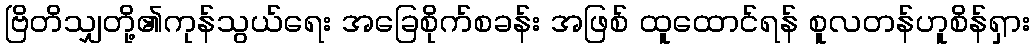
ဗြိတိသျှတို့၏ကုန်သွယ်ရေး အခြေစိုက်စခန်း အဖြစ် ထူထောင်ရန် စူလတန်ဟူစိန်ရှား